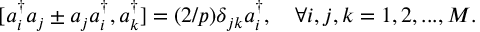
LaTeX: [ a _ { i } ^ { \dagger } a _ { j } \pm a _ { j } a _ { i } ^ { \dagger } , a _ { k } ^ { \dagger } ] = ( 2 / p ) \delta _ { j k } a _ { i } ^ { \dagger } , \quad \forall i , j , k = 1 , 2 , . . . , M .